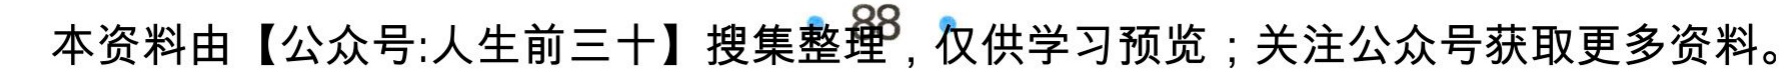
本资料由【公众号:人生前三十】搜集整理，仅供学习预览；关注公众号获取更多资料。